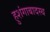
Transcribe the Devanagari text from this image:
हुशंगाबादस्थ